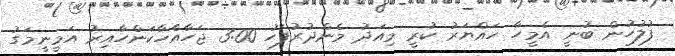
ފުލުހުން ބުނީ އެމީހާ ހައްޔަރު ކުރީ މިއަދު މެންދުރުފަހު 3:00 ޖަހާއެހާކަންހާއިރު އަމީނީމަގު